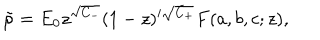
LaTeX: \tilde { \varphi } = E _ { 0 } z ^ { \sqrt { C _ { - } } } ( 1 - z ) ^ { i \sqrt { C _ { + } } } F ( a , b , c ; z ) ,